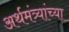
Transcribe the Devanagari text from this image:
अर्थमंत्र्यांच्या